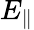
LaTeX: E_{\| }